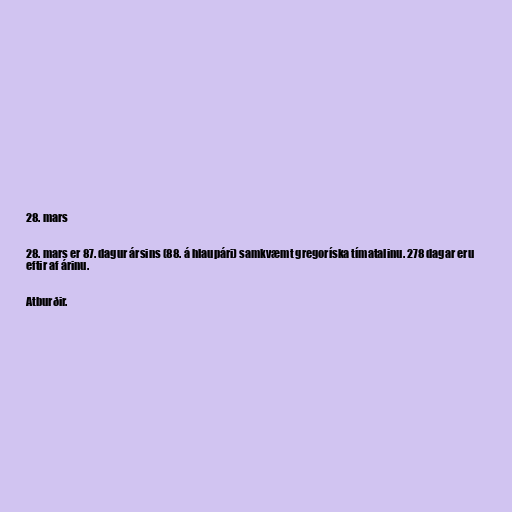
28. mars

28. mars er 87. dagur ársins (88. á hlaupári) samkvæmt gregoríska tímatalinu. 278 dagar eru
eftir af árinu.

Atburðir.